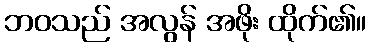
ဘဝသည် အလွန် အဖိုး ထိုက်၏။